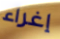
إغراء